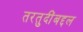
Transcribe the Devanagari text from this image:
तरतुदींबद्दल